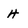
Character: 4